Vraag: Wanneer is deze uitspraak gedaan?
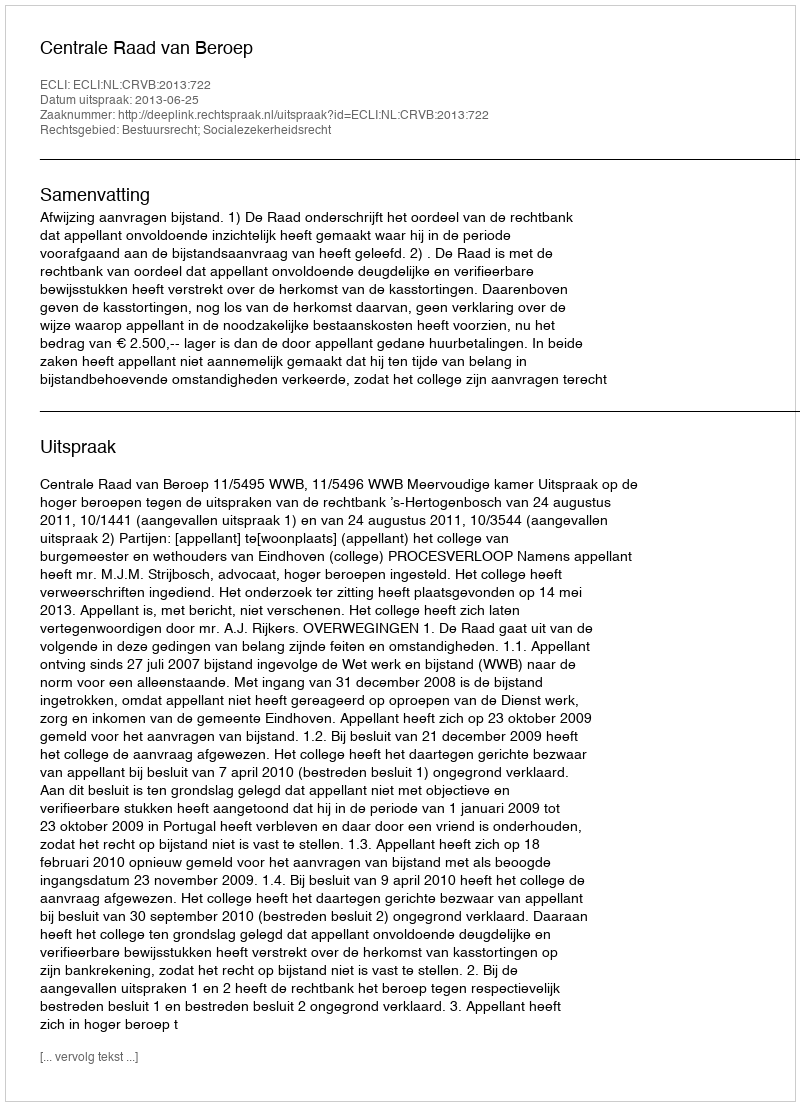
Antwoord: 2013-06-25